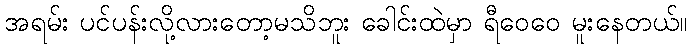
အရမ်း ပင်ပန်းလို့လားတော့မသိဘူး ခေါင်းထဲမှာ ရီဝေဝေ မူးနေတယ်။